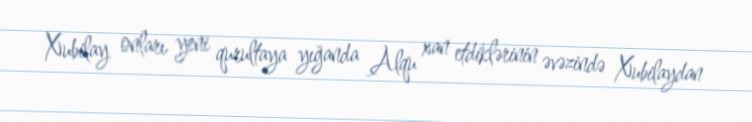
Xubilay onları yeni qurultaya yığanda Alqu xan etdiklərinin əvəzində Xubilaydan